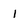
Character: 1